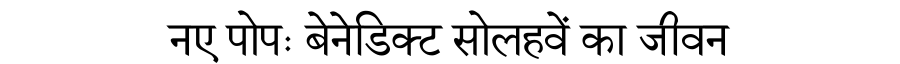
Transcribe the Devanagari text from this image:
नए पोपः बेनेडिक्ट सोलहवें का जीवन